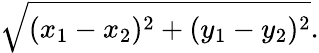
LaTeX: {\sqrt{(x_{1}-x_{2})^{2}+(y_{1}-y_{2})^{2}}}.